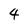
Character: 4